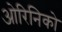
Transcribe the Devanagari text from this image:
ओरिनिको